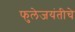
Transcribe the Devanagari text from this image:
फुलेजयंतीचे